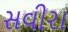
સવીરા